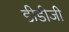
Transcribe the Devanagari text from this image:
डीडीजी